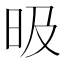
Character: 昅